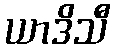
ယာဒိသီ